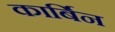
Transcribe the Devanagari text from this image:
कार्बिन